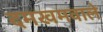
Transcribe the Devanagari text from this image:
दमखमवाले